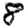
Digit: 8